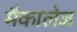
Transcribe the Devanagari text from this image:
मैकालेज